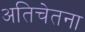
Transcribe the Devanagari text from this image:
अतिचेतना